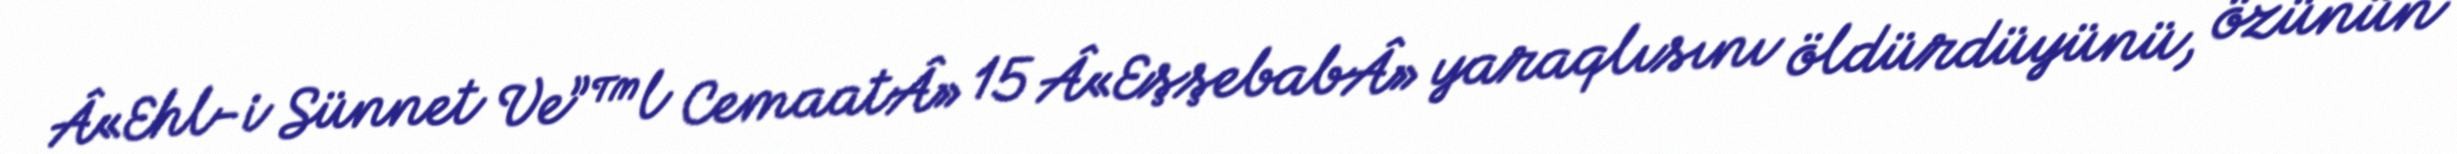
Â«Ehl-i Sünnet Ve”™l CemaatÂ» 15 Â«EşşebabÂ» yaraqlısını öldürdüyünü, özünün